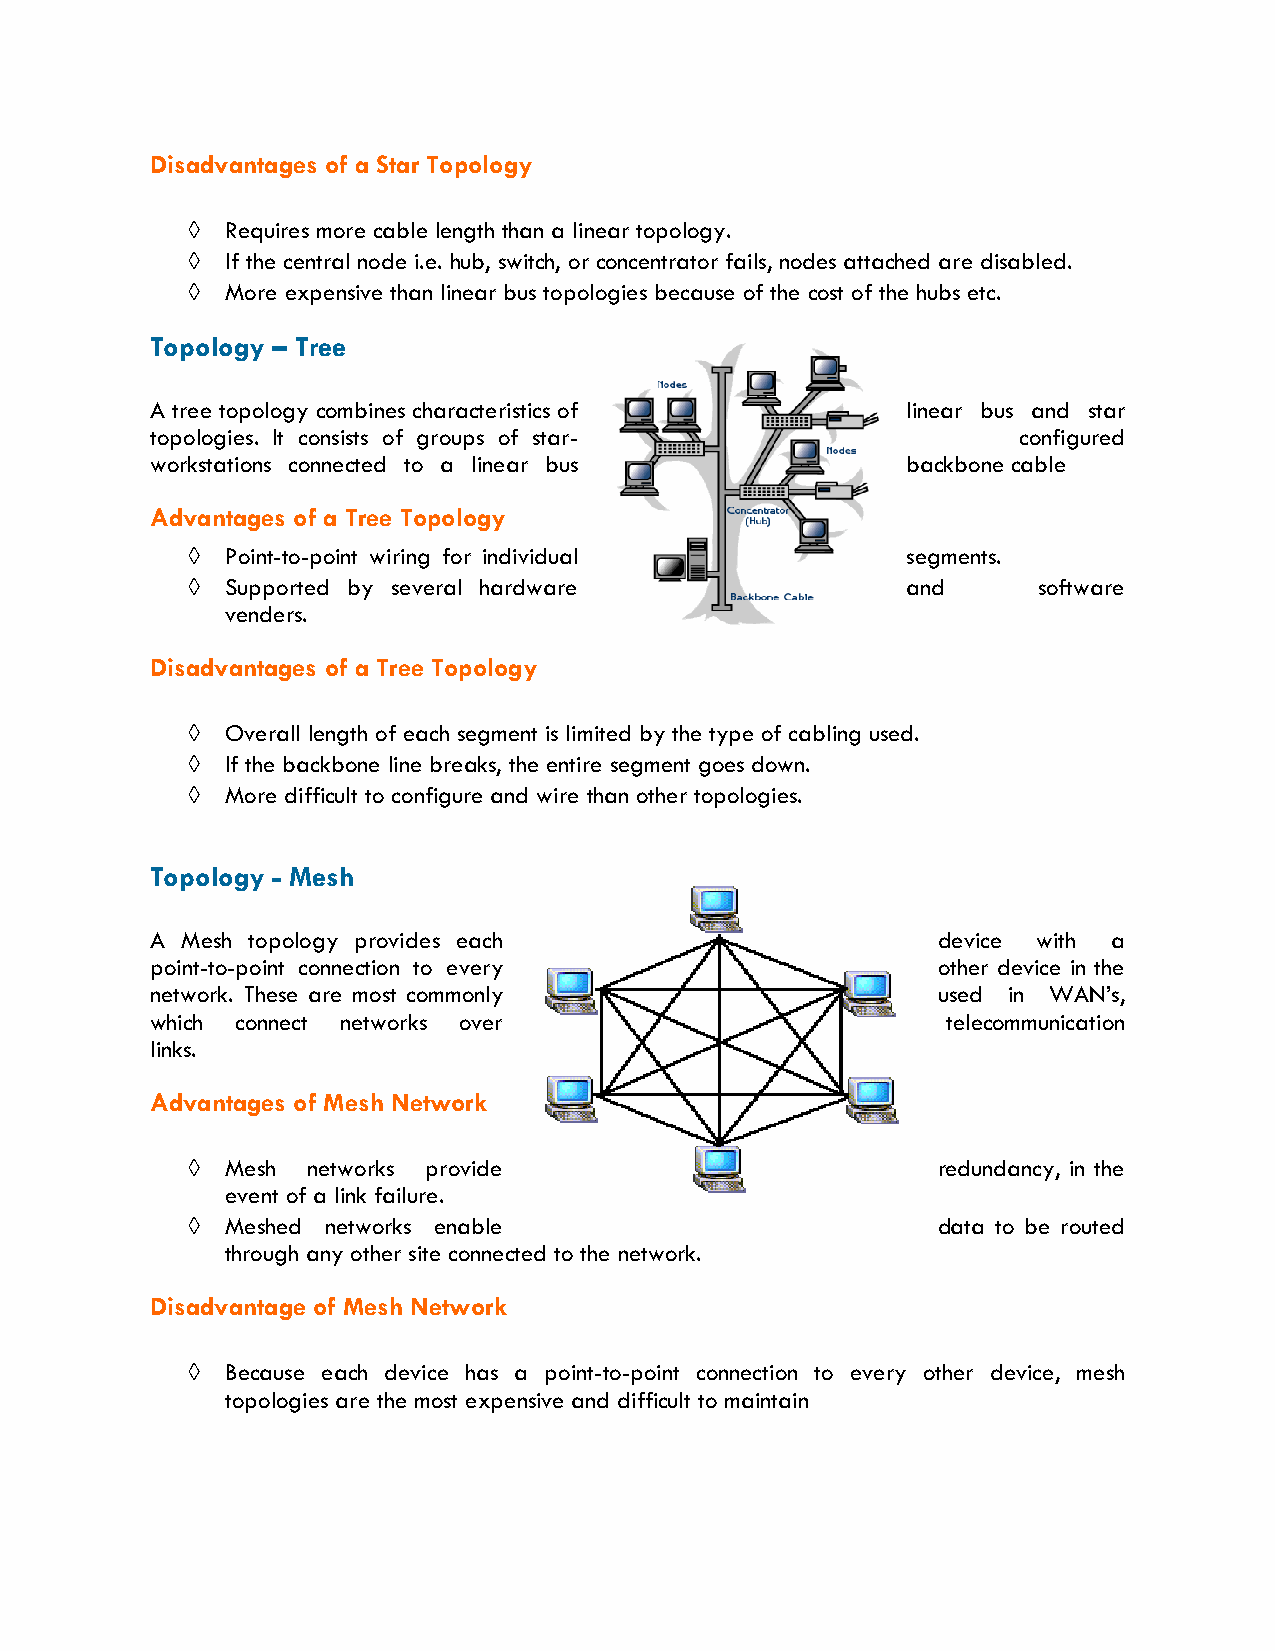
Disadvantages of a Star Topology
   Requires more cable length than a linear topology.
   If the central node i.e. hub, switch, or concentrator fails, nodes attached are disabled.
   More expensive than linear bus topologies because of the cost of the hubs etc.
 Topology – Tree
 A tree topology combines characteristics of       linear bus and star
 topologies. It consists of groups of star-               configured
 workstations connected to a linear bus            backbone cable
 Advantages of a Tree Topology
   Point-to-point wiring for individual         segments.
   Supported by several hardware                and      software
 venders.
 Disadvantages of a Tree Topology
   Overall length of each segment is limited by the type of cabling used.
   If the backbone line breaks, the entire segment goes down.
   More difficult to configure and wire than other topologies.
 Topology - Mesh
 A Mesh topology provides each                       device with a
 point-to-point connection to every                  other device in the
 network. These are most commonly                    used in WAN’s,
 which connect networks over                          telecommunication
 links.
 Advantages of Mesh Network
   Mesh networks provide                          redundancy, in the
 event of a link failure.
   Meshed networks enable                         data to be routed
 through any other site connected to the network.
 Disadvantage of Mesh Network
   Because each device has a point-to-point connection to every other device, mesh
 topologies are the most expensive and difficult to maintain